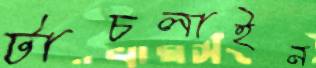
টাচলাইন